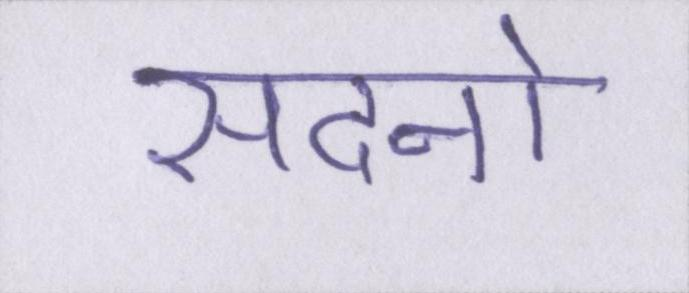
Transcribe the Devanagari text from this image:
सदनो